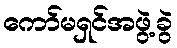
ကော်မရှင်အဖွဲ့ခွဲ